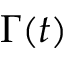
\Gamma ( t )